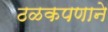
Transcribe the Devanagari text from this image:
ठळकपणाने